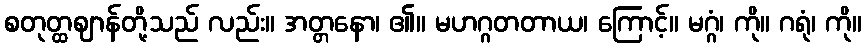
စတုတ္ထဈာန်တို့သည် လည်း။ အတ္တနော၊ ၏။ မဟဂ္ဂတတာယ၊ ကြောင့်။ မဂ္ဂံ၊ ကို။ ဂရုံ၊ ကို။